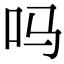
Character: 吗